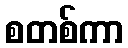
စတစ်ကာ